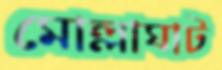
মোল্লাঘাট